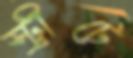
স্ট্রীটে